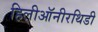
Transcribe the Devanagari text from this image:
हिलीऑनीरथिडी